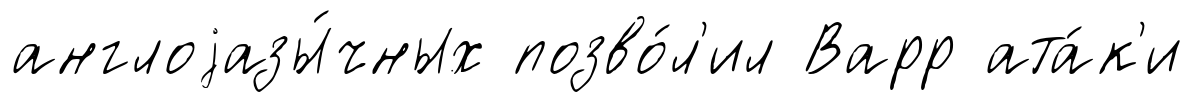
англоjазы́чных позво́л'ил Варр ата́к'и